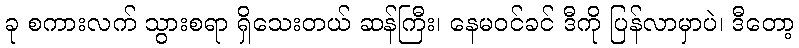
ခု စကားလက် သွားစရာ ရှိသေးတယ် ဆန်ကြီး၊ နေမဝင်ခင် ဒီကို ပြန်လာမှာပဲ၊ ဒီတော့